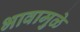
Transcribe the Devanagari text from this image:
भावामुळे